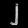
Digit: ၂